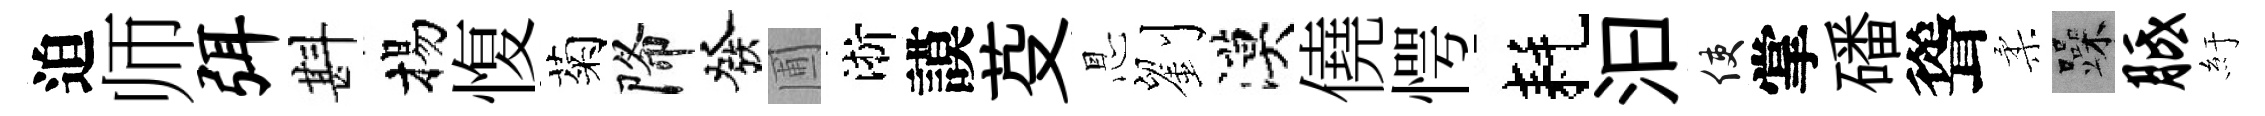
迫师弭斟揚愎菊降發圃淅謨芟㤙劉漠僥愕耗汩使掌磻聳柔躁胝紆